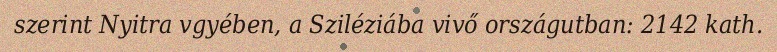
szerint Nyitra vgyében, a Sziléziába vivő országutban: 2142 kath.